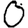
Digit: 0